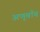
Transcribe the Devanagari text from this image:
अणूबाँब